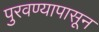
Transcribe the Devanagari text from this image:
पुरवण्यापासून